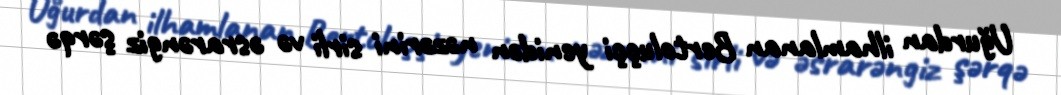
Uğurdan ilhamlanan Bertoluççi yenidən nəzərini sirli və əsrarəngiz şərqə